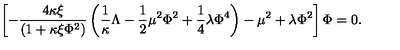
\left[ - \frac { 4 \kappa \xi } { \left( 1 + \kappa \xi \Phi ^ { 2 } \right) } \left( \frac { 1 } { \kappa } \Lambda - \frac { 1 } { 2 } \mu ^ { 2 } \Phi ^ { 2 } + \frac { 1 } { 4 } \lambda \Phi ^ { 4 } \right) - \mu ^ { 2 } + \lambda \Phi ^ { 2 } \right] \Phi = 0 .